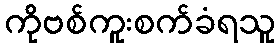
ကိုဗစ်ကူးစက်ခံရသူ